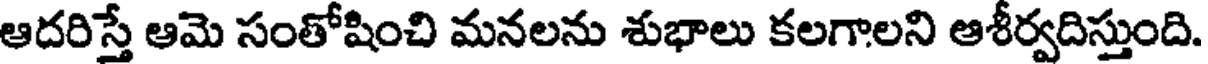
ఆదరిస్తే ఆమె సంతోషించి మనలను శుభాలు కలగాలని ఆశీర్వదిస్తుంది